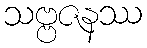
သဗ္ဗဇနဿ